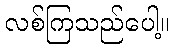
လစ်ကြသည်ပေါ့။